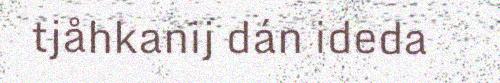
tjåhkanij dán ideda